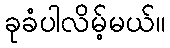
ခုခံပါလိမ့်မယ်။